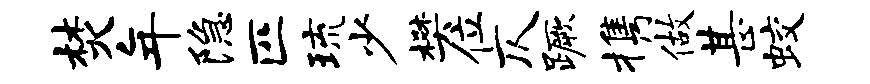
焚年隐匹琉少樊位仄蹶携做甚蛟